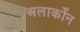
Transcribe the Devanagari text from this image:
अलार्कोंन